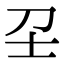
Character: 𡔛